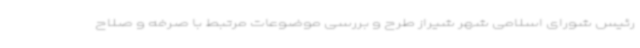
رئیس شورای اسلامی شهر شیراز طرح و بررسی موضوعات مرتبط با صرفه و صلاح